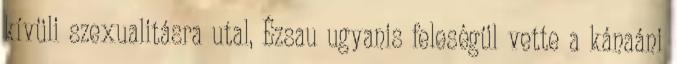
kívüli szexualitásra utal, Ézsau ugyanis feleségül vette a kánaáni